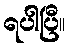
ရပါပြီ။